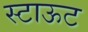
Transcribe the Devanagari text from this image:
स्टाऊट